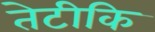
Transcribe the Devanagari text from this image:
तेटीकि